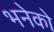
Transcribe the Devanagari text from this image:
भनेको